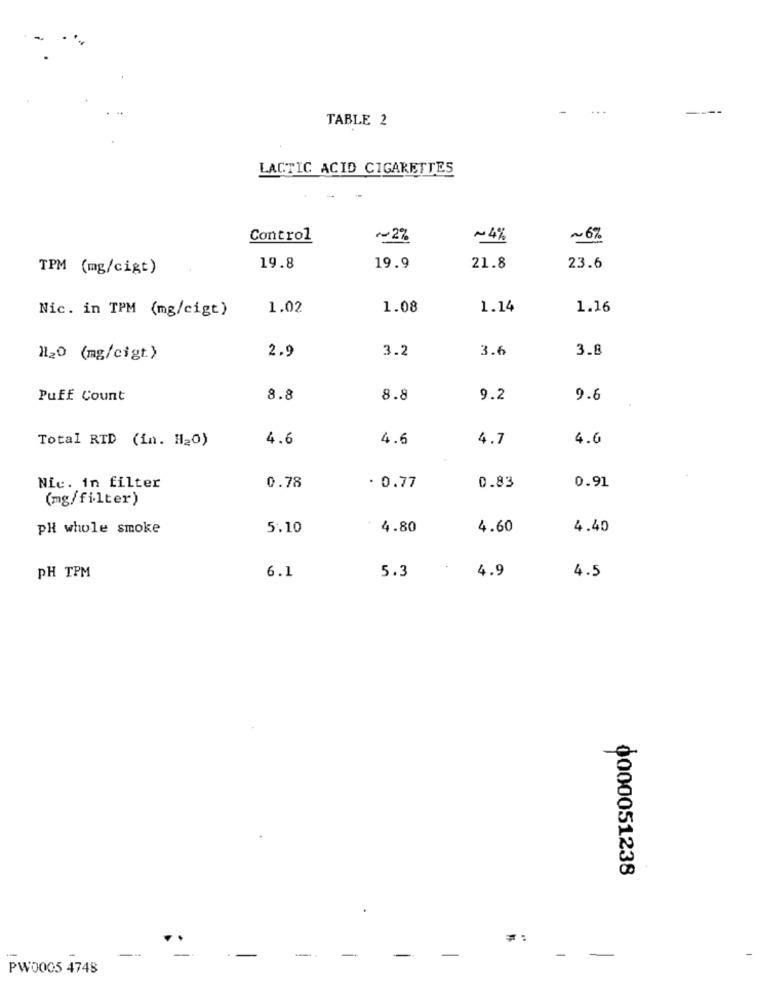
-
TABLE 2
LACTIC ACID CIGARETTES
Control
~~ 2%
~4%
~6%
TPM (mg/cigt)
19.8
19.9
21.8
23.6
Nic. in TPM (mg/cigt)
1.02
1.08
1.14
1.16
3.2
3.6
3.8
H20 (mg/cigt)
2.9
Puff Count
8.8
8.8
9.2
9.6
Total RTD (in. H20)
4.6
4.6
4.7
4.6
Nic. in filter
0.78
- 0.77
0.83
0.91
(mg/filter)
PH whole smoke
5.10
4.80
4.60
4.40
6.1
4.9
PH TPM
5.3
4.5
0000051238
=:
-
-
-
-
PW0005 4748